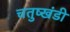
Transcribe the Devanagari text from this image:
चतुष्खंडी